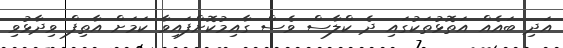
އަދި ބައެއް އަތޮޅުތަކުގައި ދެ ކްލާސް ވެސް ގާއިމުކޮށްފައިވާ ކަމަށް އާތިފް ވިދާޅުވި